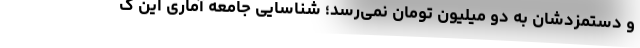
و دستمزدشان به دو میلیون تومان نمی‌رسد؛ شناسایی جامعه آماری این ک